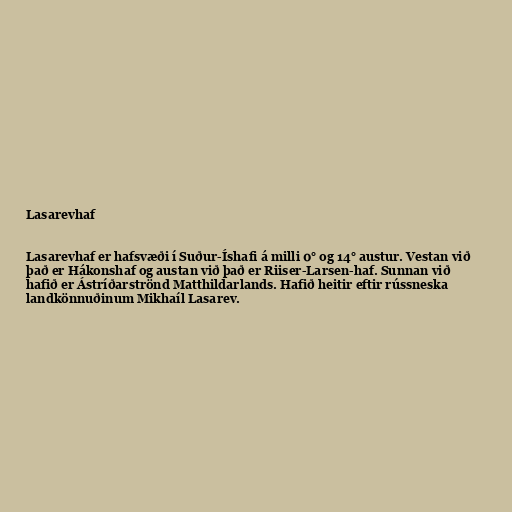
Lasarevhaf

Lasarevhaf er hafsvæði í Suður-Íshafi á milli 0° og 14° austur. Vestan við
það er Hákonshaf og austan við það er Riiser-Larsen-haf. Sunnan við
hafið er Ástríðarströnd Matthildarlands. Hafið heitir eftir rússneska
landkönnuðinum Mikhaíl Lasarev.